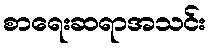
စာရေးဆရာအသင်း